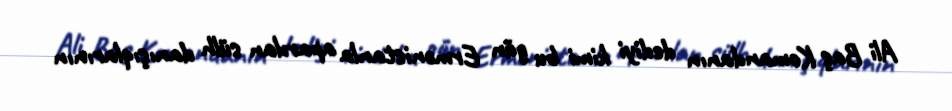
Ali Baş Komandanın dediyi kimi bu gün Ermənistanla aparılan sülh danışıqlarının